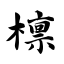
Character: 檩